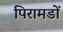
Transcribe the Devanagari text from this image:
पिरामडों